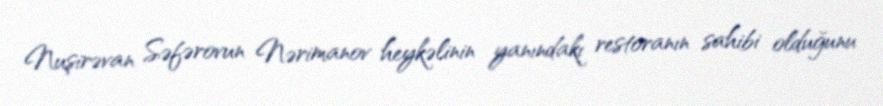
Nuşirəvan Səfərovun Nərimanov heykəlinin yanındakı restoranın sahibi olduğunu